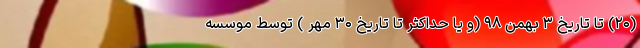
(۲۰) تا تاریخ ۳ بهمن ۹۸ (و یا حداکثر تا تاریخ ۳۰ مهر ) توسط موسسه